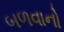
બળવાનો